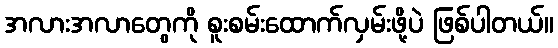
အလားအလာတွေကို စူးစမ်းထောက်လှမ်းဖို့ပဲ ဖြစ်ပါတယ်။